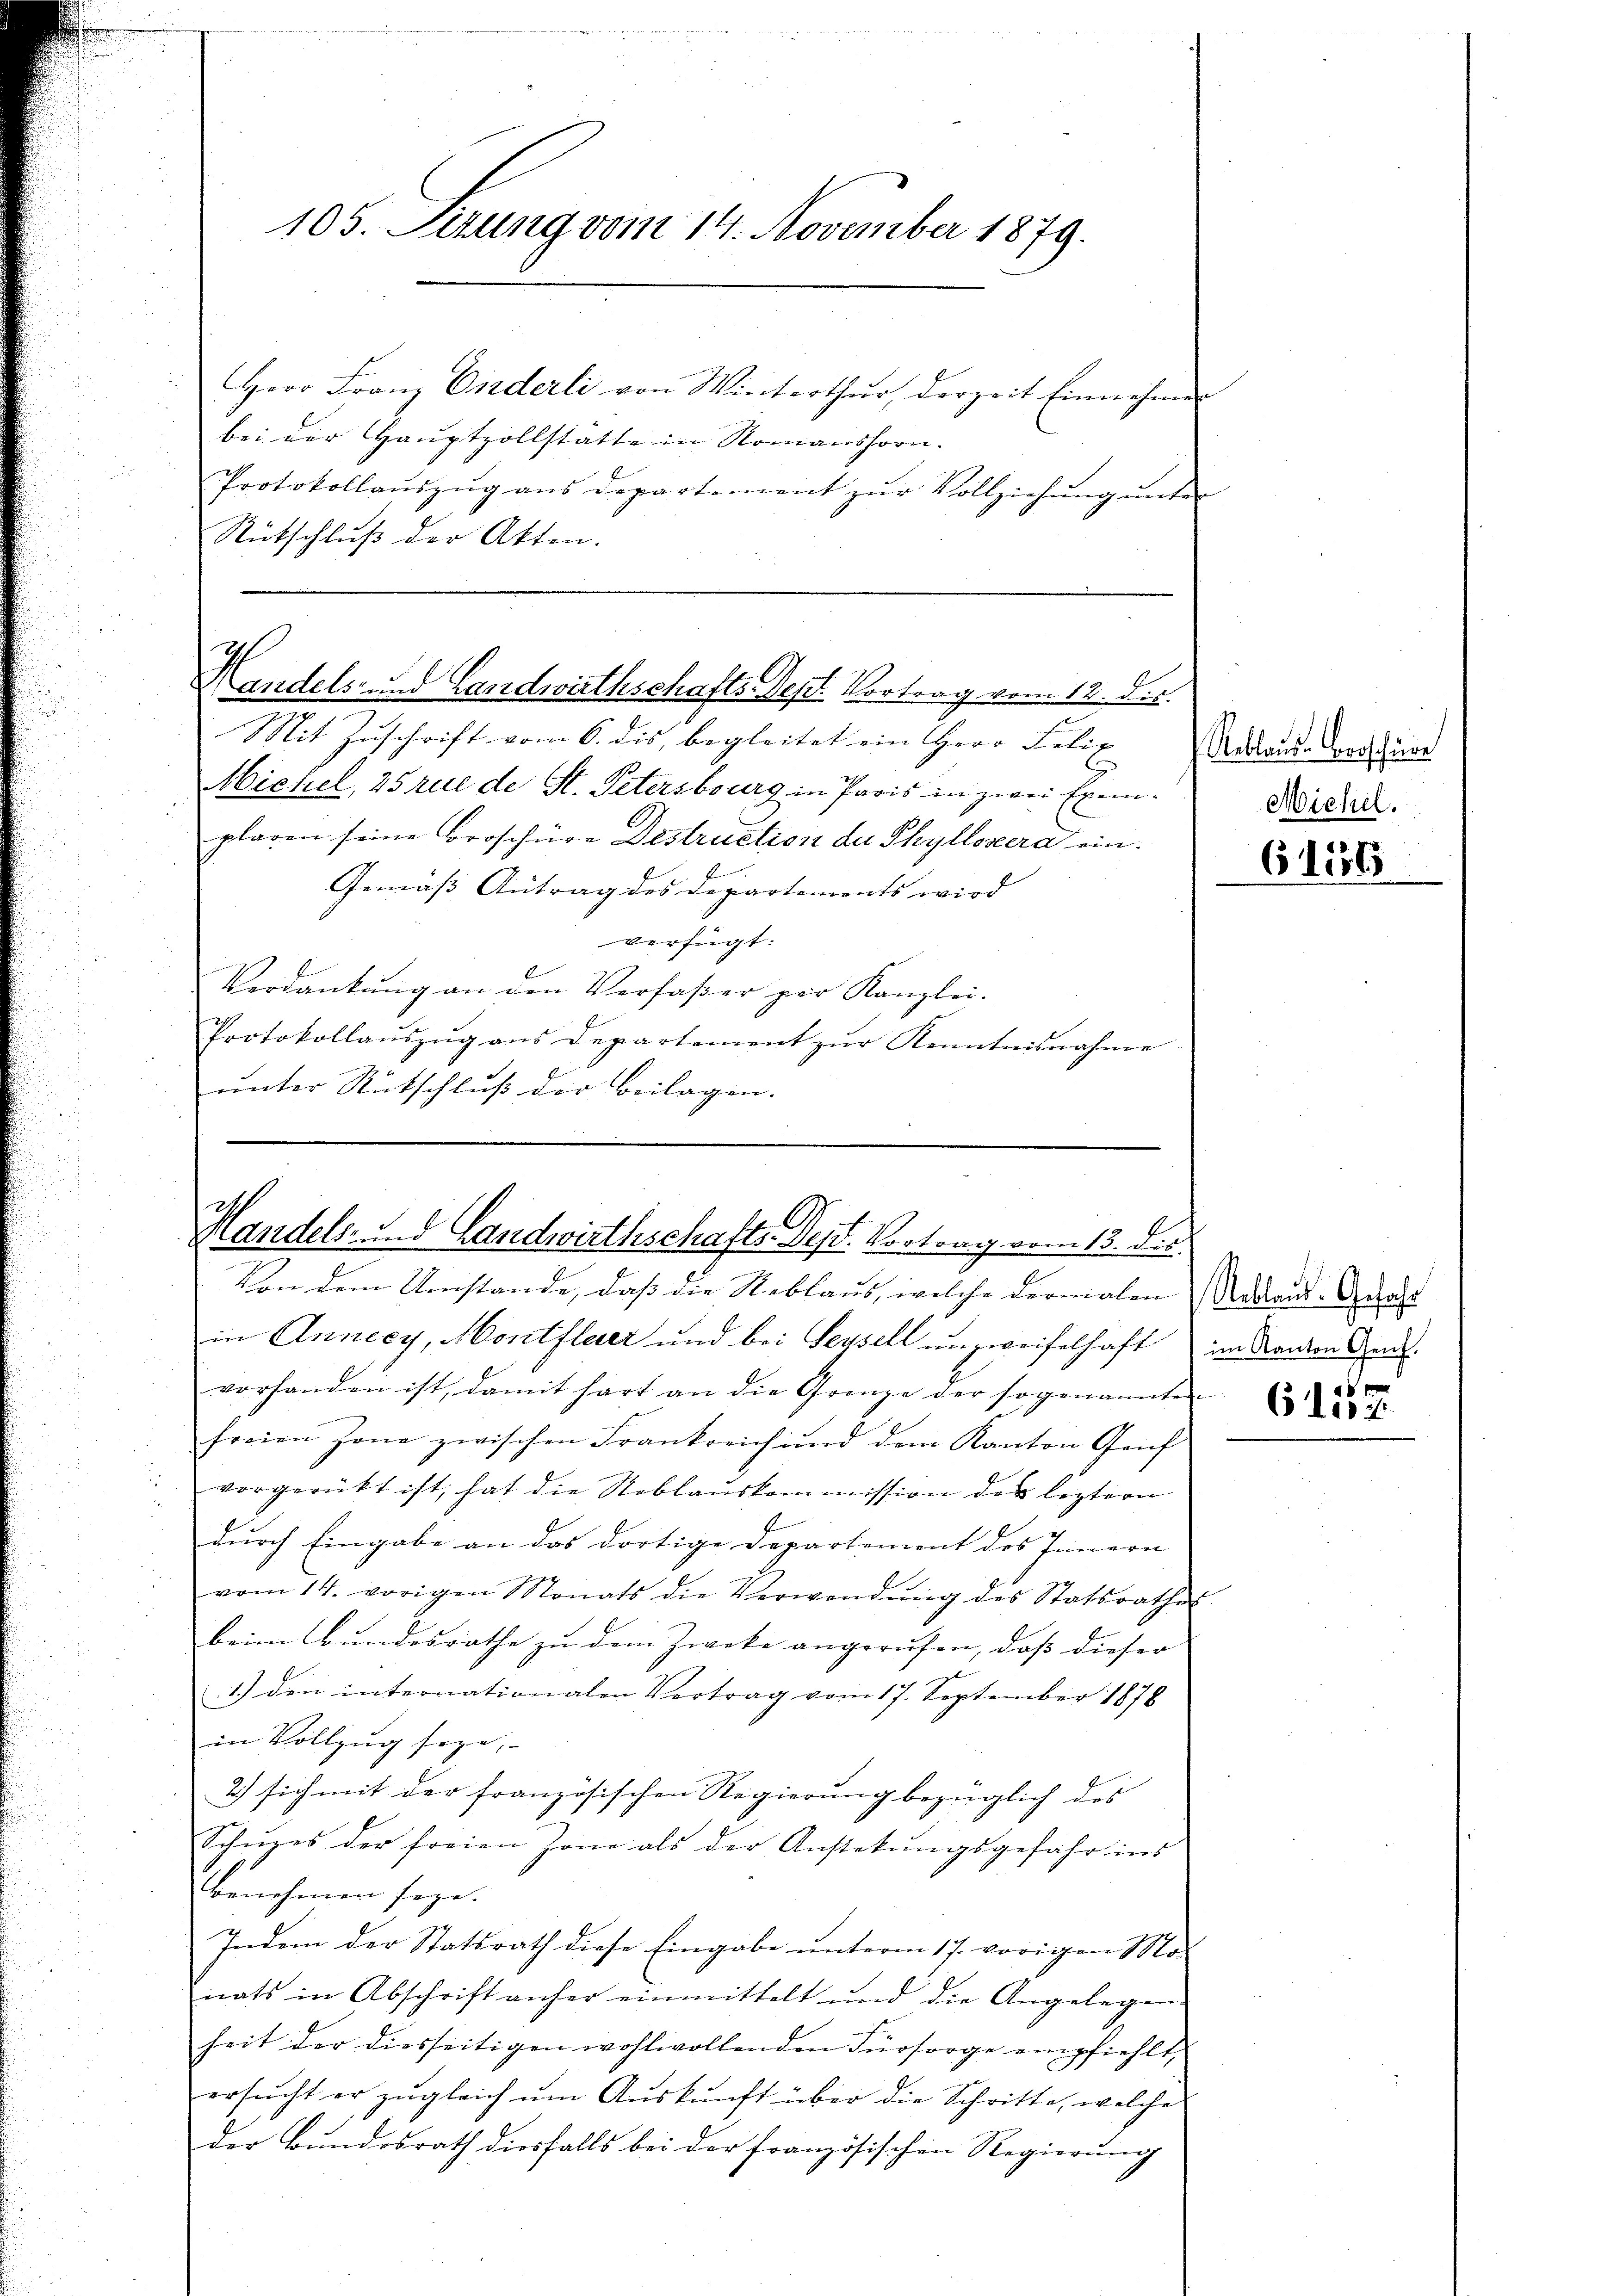
105. Sizung vom 14. November 1879.

Herr Franz Ciederli von Winterthur, derzeit Einnahmen
bei der Hauptzollstatte in Romanshorn.
Protokollaŭszŭg aŭs departement zŭr Vollziehŭng ŭnter
Rütschluß der Akten.

Handels- und Landwirthschafts-Dept Vortrag vom 12. der

Mit Zuschrift vom 6. dies, begleitet ein Herr Felix |
Michel, 25 rue de St. Petersburg in Paris in zwei Exem-Wiche.
plaren seine Coroschüre Destruction der Thyllosera ein.
Gemäß Antrag des Departements wird
verfügt:
Verdankung an den Verfaßer zur Kanzlei.
Protokollaŭszŭg ans Departement zŭr Kenntnisnahme
unter Rutschluß der Beilagen. |

Handels- und Landwirthschafts-Dept. Vortrag vom 13. die

Von dem Umstände, daß die Reblaus, welche dermalen Antraud-Gehalt
in Annecy, Montflerer und bei Seysell unzweifelhaft im Kanton Gen
vorhanden ist, damit hart an die Grenze der sogenannten
freien Zone zwischen Frankreich und dem Kanton Genf
vorgerückt ist, hat die Reblauskommission der leztern
durch Eingabe an das dortige Departement des Innern |
vom 14. vorigen Monats die Verwendŭng des Statsrathes
beim Bundesrathe zu dem Zweke angerufen, dass dieser
1.) den internationalen Vortrag vom 17. September 1878
in Vollzug soge,
2) sich mit der französischen Regierung bezüglich des
Schuzes der freien Zone als der Anstekungsgefähr ins
Benehmen seye.
Indem der Statsrath diese Eingabe unterm 17. vorigen Mo-
nats in Abschrift anher einmittelt und die Angelegen
heit der diesseitigen wohlwollenden Fürsorge empfiehlt,
ersŭcht er zugleich um Auskunft über die Schritte, welche
der Bundesrath diesfalls bei der französischen Regierung

Reblaus-Vorschüre

6o 15569

6 let